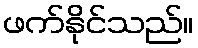
ဖက်နိုင်သည်။